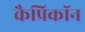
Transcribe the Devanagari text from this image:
कैप्रिकॉन